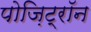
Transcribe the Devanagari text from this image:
पोज़िट्रॉन